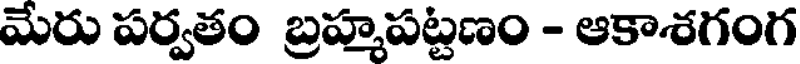
మేరు పర్వతం బ్రహ్మపట్టణం - ఆకాశగంగ